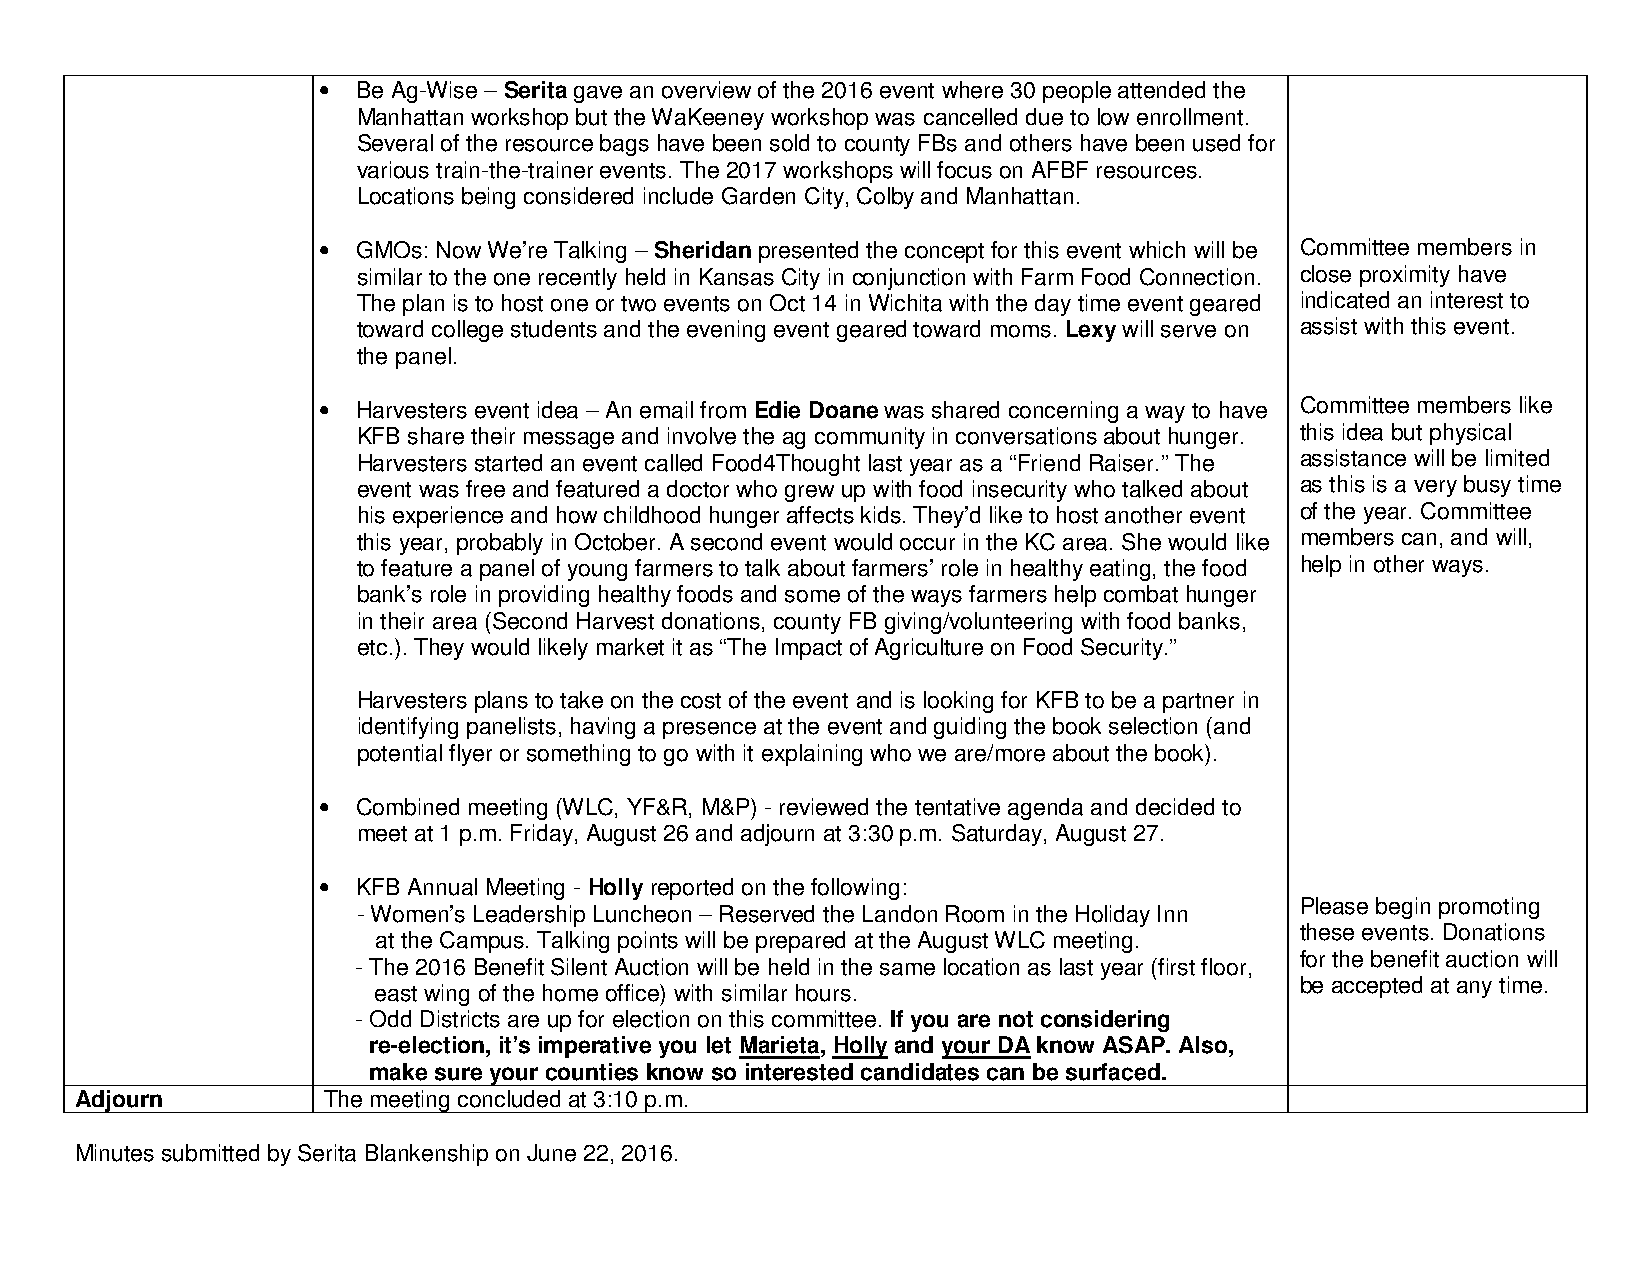
•  Be Ag-Wise – Serita gave an overview of the 2016 event where 30 people attended the
 Manhattan workshop but the WaKeeney workshop was cancelled due to low enrollment.
 Several of the resource bags have been sold to county FBs and others have been used for
 various train-the-trainer events. The 2017 workshops will focus on AFBF resources.
 Locations being considered include Garden City, Colby and Manhattan.
 •  GMOs: Now We’re Talking – Sheridan presented the concept for this event which will be Committee members in
 similar to the one recently held in Kansas City in conjunction with Farm Food Connection. close proximity have
 The plan is to host one or two events on Oct 14 in Wichita with the day time event geared indicated an interest to
 toward college students and the evening event geared toward moms. Lexy will serve on assist with this event.
 the panel.
 •  Harvesters event idea – An email from Edie Doane was shared concerning a way to have Committee members like
 KFB share their message and involve the ag community in conversations about hunger. this idea but physical
 Harvesters started an event called Food4Thought last year as a “Friend Raiser.” The assistance will be limited
 event was free and featured a doctor who grew up with food insecurity who talked about as this is a very busy time
 his experience and how childhood hunger affects kids. They’d like to host another event of the year. Committee
 this year, probably in October. A second event would occur in the KC area. She would like members can, and will,
 to feature a panel of young farmers to talk about farmers’ role in healthy eating, the food help in other ways.
 bank’s role in providing healthy foods and some of the ways farmers help combat hunger
 in their area (Second Harvest donations, county FB giving/volunteering with food banks,
 etc.). They would likely market it as “The Impact of Agriculture on Food Security.”
 Harvesters plans to take on the cost of the event and is looking for KFB to be a partner in
 identifying panelists, having a presence at the event and guiding the book selection (and
 potential flyer or something to go with it explaining who we are/more about the book).
 •  Combined meeting (WLC, YF&R, M&P) - reviewed the tentative agenda and decided to
 meet at 1 p.m. Friday, August 26 and adjourn at 3:30 p.m. Saturday, August 27.
 •  KFB Annual Meeting - Holly reported on the following:
 Please begin promoting
 - Women’s Leadership Luncheon – Reserved the Landon Room in the Holiday Inn
 these events. Donations
 at the Campus. Talking points will be prepared at the August WLC meeting.
 for the benefit auction will
 - The 2016 Benefit Silent Auction will be held in the same location as last year (first floor,
 be accepted at any time.
 east wing of the home office) with similar hours.
 - Odd Districts are up for election on this committee. If you are not considering
 re-election, it’s imperative you let Marieta, Holly and your DA know ASAP. Also,
 make sure your counties know so interested candidates can be surfaced.
 Adjourn         The meeting concluded at 3:10 p.m.
 Minutes submitted by Serita Blankenship on June 22, 2016.